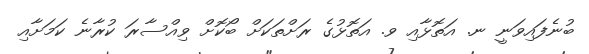
ބުނެފައިވަނީ ނ. އަތޮޅާއި ވ. އަތޮޅުގެ ރަށްތަކަށް ބޯކޮށް ވިއްސާރަ ކުރާނެ ކަމަށާއި